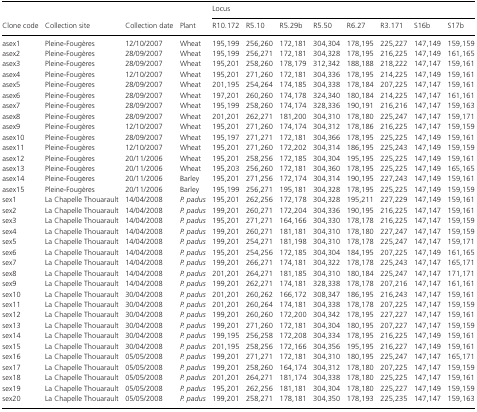
<table><thead><tr><td></td><td></td><td></td><td></td><td colspan="8"><b>Locus</b></td></tr><tr><td><b>Clone code</b></td><td><b>Collection site</b></td><td><b>Collection date</b></td><td><b>Plant</b></td><td><b>R10.172</b></td><td><b>R5.10</b></td><td><b>R5.29b</b></td><td><b>R5.50</b></td><td><b>R6.27</b></td><td><b>R3.171</b></td><td><b>S16b</b></td><td><b>S17b</b></td></tr></thead><tbody><tr><td>asex1</td><td>Pleine-Fougères</td><td>12/10/2007</td><td>Wheat</td><td>195,199</td><td>256,260</td><td>172,181</td><td>304,304</td><td>178,195</td><td>225,227</td><td>147,149</td><td>159,159</td></tr><tr><td>asex2</td><td>Pleine-Fougères</td><td>28/09/2007</td><td>Wheat</td><td>195,199</td><td>256,271</td><td>172,181</td><td>304,328</td><td>178,195</td><td>216,225</td><td>147,149</td><td>161,165</td></tr><tr><td>asex3</td><td>Pleine-Fougères</td><td>28/09/2007</td><td>Wheat</td><td>195,201</td><td>258,260</td><td>178,179</td><td>312,342</td><td>188,188</td><td>218,222</td><td>147,147</td><td>159,161</td></tr><tr><td>asex4</td><td>Pleine-Fougères</td><td>12/10/2007</td><td>Wheat</td><td>195,201</td><td>271,260</td><td>172,181</td><td>304,336</td><td>178,195</td><td>214,225</td><td>147,149</td><td>159,161</td></tr><tr><td>asex5</td><td>Pleine-Fougères</td><td>28/09/2007</td><td>Wheat</td><td>201,195</td><td>254,264</td><td>174,185</td><td>304,338</td><td>178,184</td><td>207,225</td><td>147,147</td><td>159,161</td></tr><tr><td>asex6</td><td>Pleine-Fougères</td><td>28/09/2007</td><td>Wheat</td><td>197,201</td><td>260,260</td><td>174,178</td><td>324,340</td><td>180,184</td><td>214,225</td><td>147,147</td><td>161,161</td></tr><tr><td>asex7</td><td>Pleine-Fougères</td><td>28/09/2007</td><td>Wheat</td><td>195,199</td><td>258,260</td><td>174,174</td><td>328,336</td><td>190,191</td><td>216,216</td><td>147,147</td><td>159,163</td></tr><tr><td>asex8</td><td>Pleine-Fougères</td><td>28/09/2007</td><td>Wheat</td><td>201,201</td><td>262,271</td><td>181,200</td><td>304,310</td><td>178,180</td><td>225,247</td><td>147,147</td><td>159,171</td></tr><tr><td>asex9</td><td>Pleine-Fougères</td><td>12/10/2007</td><td>Wheat</td><td>195,201</td><td>271,260</td><td>174,174</td><td>304,312</td><td>178,186</td><td>216,225</td><td>147,147</td><td>159,159</td></tr><tr><td>asex10</td><td>Pleine-Fougères</td><td>28/09/2007</td><td>Wheat</td><td>195,197</td><td>271,271</td><td>172,181</td><td>304,366</td><td>178,195</td><td>225,225</td><td>147,149</td><td>159,161</td></tr><tr><td>asex11</td><td>Pleine-Fougères</td><td>12/10/2007</td><td>Wheat</td><td>195,201</td><td>271,260</td><td>172,202</td><td>304,314</td><td>186,195</td><td>225,243</td><td>147,149</td><td>159,159</td></tr><tr><td>asex12</td><td>Pleine-Fougères</td><td>20/11/2006</td><td>Wheat</td><td>195,201</td><td>258,256</td><td>172,185</td><td>304,304</td><td>195,195</td><td>225,225</td><td>147,149</td><td>159,161</td></tr><tr><td>asex13</td><td>Pleine-Fougères</td><td>20/11/2006</td><td>Wheat</td><td>195,203</td><td>256,260</td><td>172,181</td><td>304,360</td><td>178,195</td><td>225,225</td><td>147,149</td><td>165,165</td></tr><tr><td>asex14</td><td>Pleine-Fougères</td><td>20/11/2006</td><td>Barley</td><td>195,201</td><td>271,256</td><td>172,174</td><td>304,314</td><td>190,195</td><td>227,243</td><td>147,149</td><td>159,161</td></tr><tr><td>asex15</td><td>Pleine-Fougères</td><td>20/11/2006</td><td>Barley</td><td>195,199</td><td>256,271</td><td>195,181</td><td>304,328</td><td>178,195</td><td>225,225</td><td>147,149</td><td>159,159</td></tr><tr><td>sex1</td><td>La Chapelle Thouarault</td><td>14/04/2008</td><td><i>P. padus</i></td><td>195,201</td><td>262,256</td><td>172,178</td><td>304,328</td><td>195,211</td><td>227,229</td><td>147,149</td><td>159,161</td></tr><tr><td>sex2</td><td>La Chapelle Thouarault</td><td>14/04/2008</td><td><i>P. padus</i></td><td>199,201</td><td>260,271</td><td>172,204</td><td>304,336</td><td>190,195</td><td>216,225</td><td>147,147</td><td>159,161</td></tr><tr><td>sex3</td><td>La Chapelle Thouarault</td><td>14/04/2008</td><td><i>P. padus</i></td><td>195,201</td><td>271,271</td><td>164,166</td><td>304,330</td><td>178,178</td><td>216,225</td><td>147,147</td><td>159,159</td></tr><tr><td>sex4</td><td>La Chapelle Thouarault</td><td>14/04/2008</td><td><i>P. padus</i></td><td>199,201</td><td>260,271</td><td>181,181</td><td>304,310</td><td>178,180</td><td>227,247</td><td>147,147</td><td>159,159</td></tr><tr><td>sex5</td><td>La Chapelle Thouarault</td><td>14/04/2008</td><td><i>P. padus</i></td><td>199,201</td><td>254,271</td><td>181,198</td><td>304,310</td><td>178,178</td><td>225,247</td><td>147,147</td><td>159,171</td></tr><tr><td>sex6</td><td>La Chapelle Thouarault</td><td>14/04/2008</td><td><i>P. padus</i></td><td>195,201</td><td>254,256</td><td>172,185</td><td>304,304</td><td>184,195</td><td>207,225</td><td>147,149</td><td>161,165</td></tr><tr><td>sex7</td><td>La Chapelle Thouarault</td><td>14/04/2008</td><td><i>P. padus</i></td><td>199,201</td><td>266,271</td><td>174,181</td><td>304,322</td><td>178,178</td><td>225,243</td><td>147,147</td><td>165,171</td></tr><tr><td>sex8</td><td>La Chapelle Thouarault</td><td>14/04/2008</td><td><i>P. padus</i></td><td>201,201</td><td>264,271</td><td>181,185</td><td>304,310</td><td>180,184</td><td>225,247</td><td>147,147</td><td>171,171</td></tr><tr><td>sex9</td><td>La Chapelle Thouarault</td><td>14/04/2008</td><td><i>P. padus</i></td><td>199,201</td><td>262,271</td><td>174,181</td><td>328,338</td><td>178,178</td><td>207,216</td><td>147,147</td><td>161,161</td></tr><tr><td>sex10</td><td>La Chapelle Thouarault</td><td>30/04/2008</td><td><i>P. padus</i></td><td>201,201</td><td>260,262</td><td>166,172</td><td>308,347</td><td>186,195</td><td>216,243</td><td>147,147</td><td>159,161</td></tr><tr><td>sex11</td><td>La Chapelle Thouarault</td><td>30/04/2008</td><td><i>P. padus</i></td><td>201,201</td><td>260,264</td><td>174,181</td><td>304,338</td><td>178,178</td><td>207,225</td><td>147,147</td><td>159,159</td></tr><tr><td>sex12</td><td>La Chapelle Thouarault</td><td>30/04/2008</td><td><i>P. padus</i></td><td>199,201</td><td>260,260</td><td>172,200</td><td>304,342</td><td>178,195</td><td>227,227</td><td>147,147</td><td>159,161</td></tr><tr><td>sex13</td><td>La Chapelle Thouarault</td><td>30/04/2008</td><td><i>P. padus</i></td><td>199,201</td><td>271,260</td><td>172,181</td><td>304,304</td><td>180,195</td><td>207,227</td><td>147,147</td><td>159,159</td></tr><tr><td>sex14</td><td>La Chapelle Thouarault</td><td>30/04/2008</td><td><i>P. padus</i></td><td>199,195</td><td>256,258</td><td>172,208</td><td>304,334</td><td>178,195</td><td>216,225</td><td>147,149</td><td>159,161</td></tr><tr><td>sex15</td><td>La Chapelle Thouarault</td><td>30/04/2008</td><td><i>P. padus</i></td><td>201,195</td><td>258,256</td><td>172,166</td><td>304,356</td><td>195,195</td><td>216,227</td><td>147,149</td><td>159,161</td></tr><tr><td>sex16</td><td>La Chapelle Thouarault</td><td>05/05/2008</td><td><i>P. padus</i></td><td>199,201</td><td>271,271</td><td>172,181</td><td>304,310</td><td>180,195</td><td>225,247</td><td>147,147</td><td>165,171</td></tr><tr><td>sex17</td><td>La Chapelle Thouarault</td><td>05/05/2008</td><td><i>P. padus</i></td><td>199,201</td><td>258,260</td><td>164,174</td><td>304,312</td><td>178,180</td><td>207,225</td><td>147,147</td><td>159,159</td></tr><tr><td>sex18</td><td>La Chapelle Thouarault</td><td>05/05/2008</td><td><i>P. padus</i></td><td>201,201</td><td>264,271</td><td>181,174</td><td>304,338</td><td>178,180</td><td>225,225</td><td>147,147</td><td>159,161</td></tr><tr><td>sex19</td><td>La Chapelle Thouarault</td><td>05/05/2008</td><td><i>P. padus</i></td><td>195,201</td><td>262,256</td><td>181,181</td><td>304,304</td><td>178,180</td><td>225,227</td><td>147,149</td><td>159,159</td></tr><tr><td>sex20</td><td>La Chapelle Thouarault</td><td>05/05/2008</td><td><i>P. padus</i></td><td>199,201</td><td>258,271</td><td>178,181</td><td>304,350</td><td>178,193</td><td>225,235</td><td>147,147</td><td>159,163</td></tr></tbody></table>